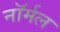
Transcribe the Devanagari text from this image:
नाॅर्मल